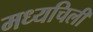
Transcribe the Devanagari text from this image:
मध्यचिली